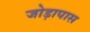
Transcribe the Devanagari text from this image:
जोड़ापास